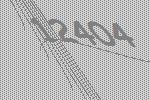
12404